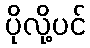
ပိုလို့ပင်